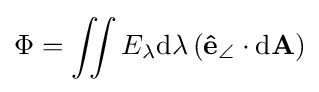
\Phi =\iint E_{\lambda }\mathrm {d} \lambda \left(\mathbf {\hat {e}} _{\angle }\cdot \mathrm {d} \mathbf {A} \right)